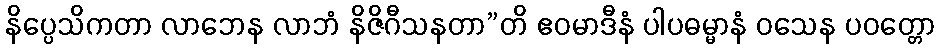
နိပ္ပေသိကတာ လာဘေန လာဘံ နိဇိဂီသနတာ”တိ ဧဝမာဒီနံ ပါပဓမ္မာနံ ဝသေန ပဝတ္တော